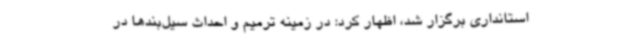
استانداری برگزار شد، اظهار کرد: در زمینه ترمیم و احداث سیل‌بندها در